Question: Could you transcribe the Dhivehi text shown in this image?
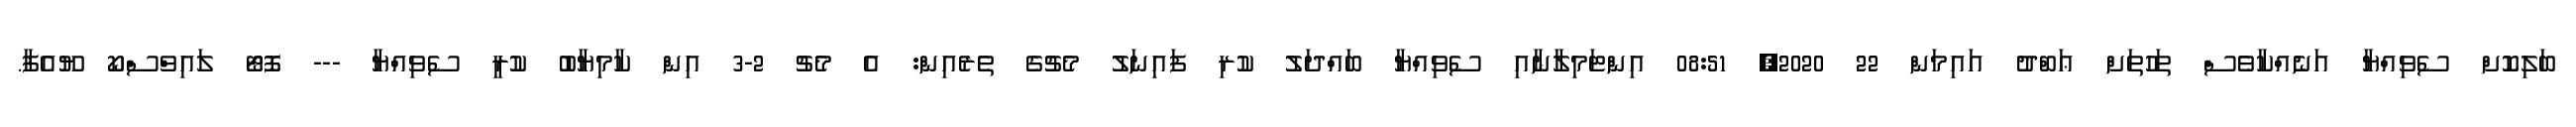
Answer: ބަލިކޮށް ސެވިއްޔާ އަނެއްކާވެސް ތަހުތަށް ޢަބްދު އައިމަން 22 2020, 08:51 އިންޓަމިލާނާއި ސެވިއްޔާ ބައްދަލު ކުރި ފައިނަލު މެޗުގެ ތެރެއިން: އެ މެޗު 2-3 އިން ކާމިޔާބު ކުރީ ސެވިއްޔާ --- ފޮޓޯ ލައިވްސްކޯ ޔޫއެފާ.